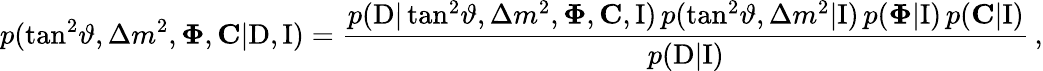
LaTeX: p(\tan^{2}\! \vartheta,\Delta{m}^{2},\mathbf{\Phi},\mathbf{C}|\mathrm{D},\mathrm{I})=\frac{p(\mathrm{D}|\tan^{2}\! \vartheta,\Delta{m}^{2},\mathbf{\Phi},\mathbf{C},\mathrm{I})\, p(\tan^{2}\! \vartheta,\Delta{m}^{2}|\mathrm{I})\, p(\mathbf{\Phi}|\mathrm{I})\, p(\mathbf{C}|\mathrm{I})}{p(\mathrm{D}|\mathrm{I})}\, ,